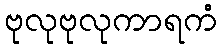
ဗုလုဗုလုကာရကံ